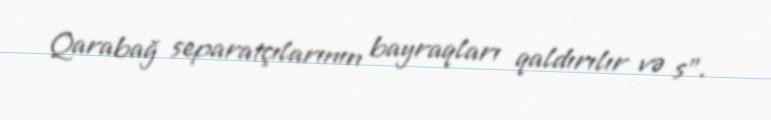
Qarabağ separatçılarının bayraqları qaldırılır və s”.